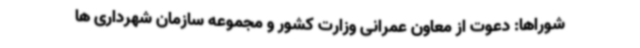
شوراها: دعوت از معاون عمرانی وزارت کشور و مجموعه سازمان شهرداری ها